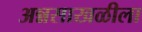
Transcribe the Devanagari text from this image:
अन्नसाखळीला